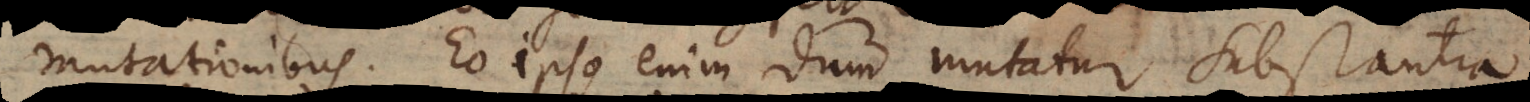
mutationibus. Eo ipso enim dum mutatur substantia